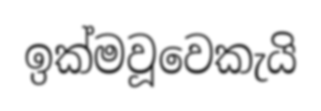
ඉක්මවූවෙකැයි